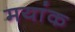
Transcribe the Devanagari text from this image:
मयांक